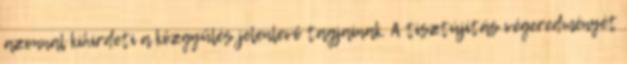
azonnal kihirdeti a közgyűlés jelenlevő tagjainak. A tisztújítás végeredményét